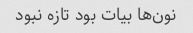
نون‌ها بیات بود تازه نبود